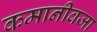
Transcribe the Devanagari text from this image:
कमानीवजा